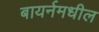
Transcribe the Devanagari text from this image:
बायर्नमधील